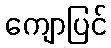
ကျောပြင်